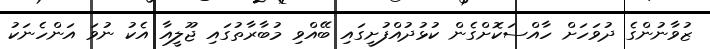
ޒުވާނުންގެ ދުވަހަށް ހާއްސަކޮށްގެން ކުޅުދުއްފުށީގައި ބޭއްވި މުބާރާތުގައި ޖޫލީއާ އެކު ނުވަ އަންހެނަކު